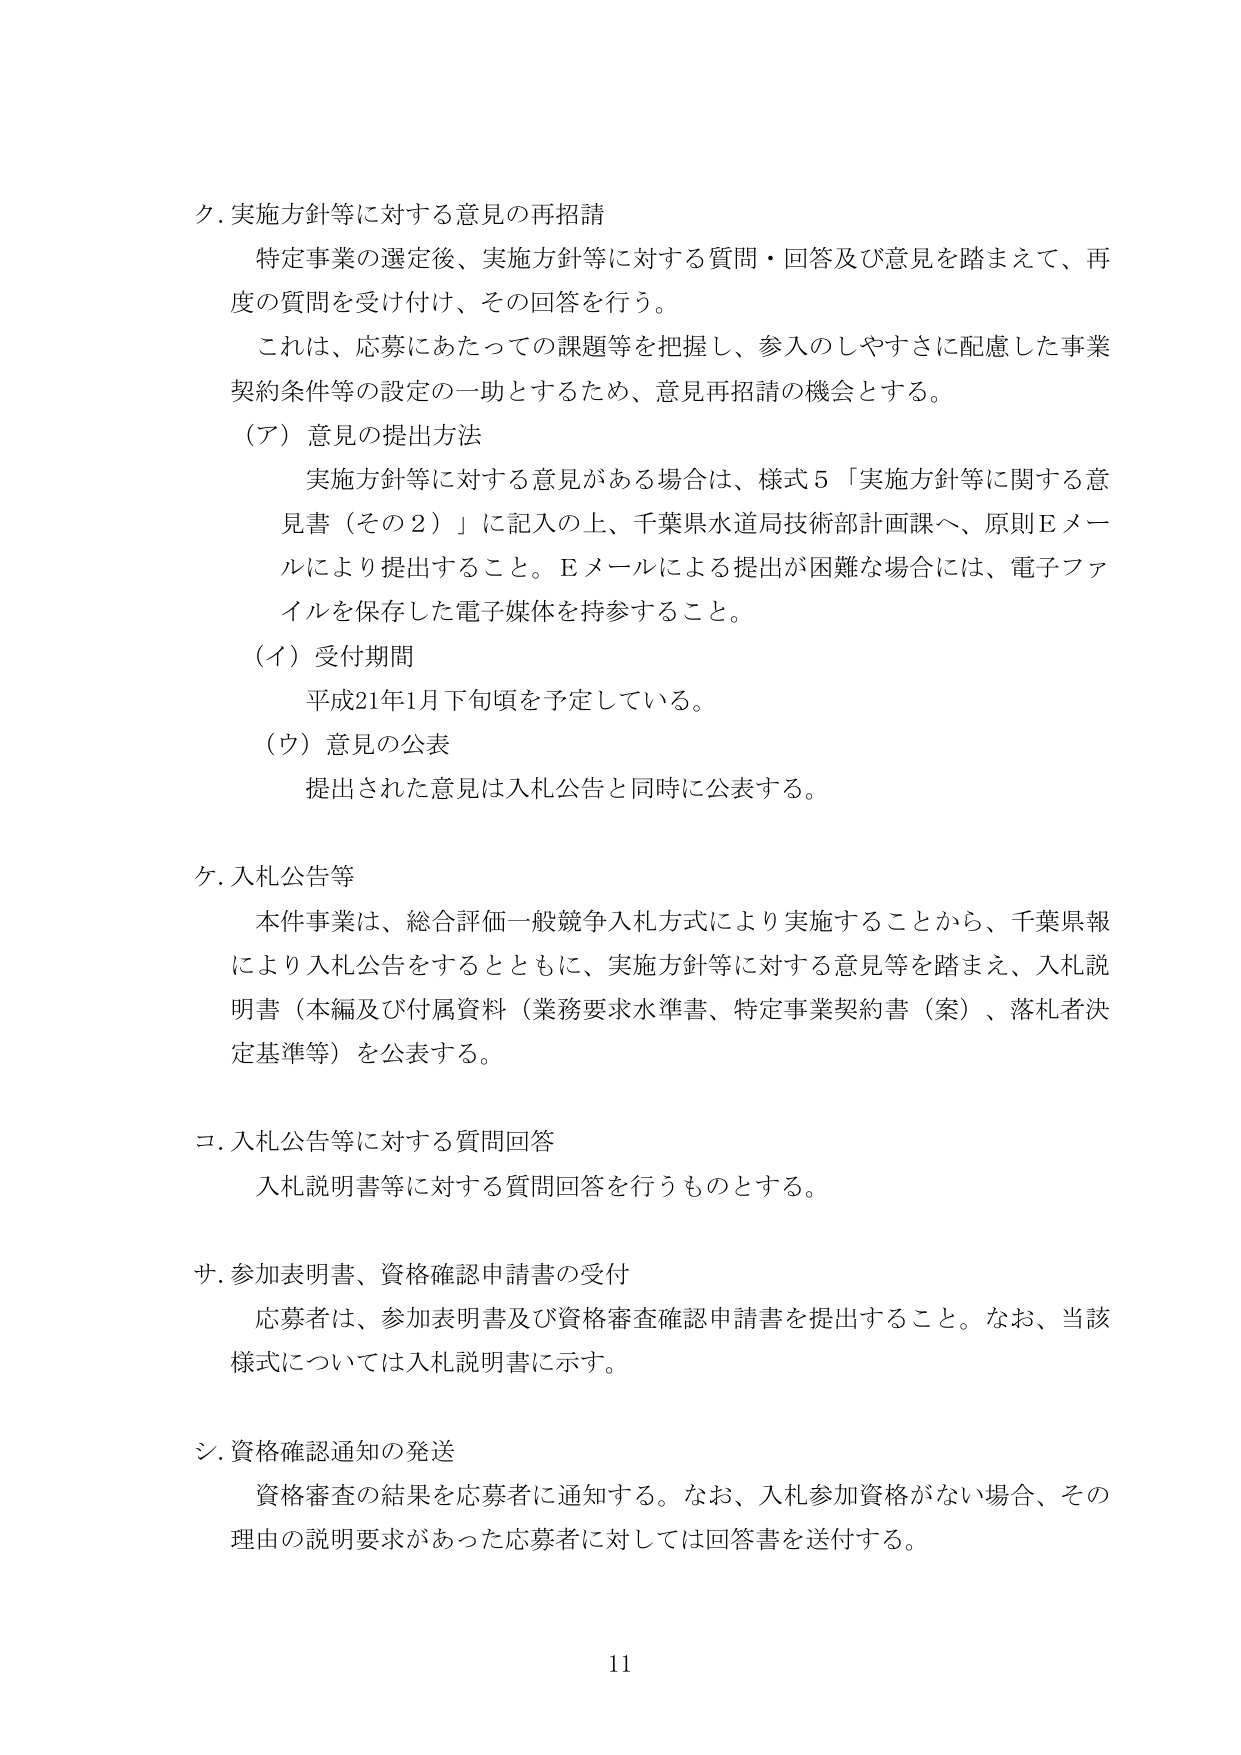
ク. 実施方針等に対する意見の再招請
　特定事業の選定後、実施方針等に対する質問・回答及び意見を踏まえて、再度の質問を受け付け、その回答を行う。
　これは、応募にあたっての課題等を把握し、参入のしやすさに配慮した事業契約条件等の設定の一助とするため、意見再招請の機会とする。
（ア）意見の提出方法
　実施方針等に対する意見がある場合は、様式５「実施方針等に関する意見書（その２）」に記入の上、千葉県水道局技術部計画課へ、原則Ｅメールにより提出すること。Ｅメールによる提出が困難な場合には、電子ファイルを保存した電子媒体を持参すること。
（イ）受付期間
　平成21年1月下旬頃を予定している。
（ウ）意見の公表
　提出された意見は入札公告と同時に公表する。

ケ. 入札公告等
　本件事業は、総合評価一般競争入札方式により実施することから、千葉県報により入札公告をするとともに、実施方針等に対する意見等を踏まえ、入札説明書（本編及び付属資料（業務要求水準書、特定事業契約書（案）、落札者決定基準等）を公表する。

コ. 入札公告等に対する質問回答
　入札説明書等に対する質問回答を行うものとする。

サ. 参加表明書、資格確認申請書の受付
　応募者は、参加表明書及び資格審査確認申請書を提出すること。なお、当該様式については入札説明書に示す。

シ. 資格確認通知の発送
　資格審査の結果を応募者に通知する。なお、入札参加資格がない場合、その理由の説明要求があった応募者に対しては回答書を送付する。

11